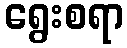
ရွေးစရာ